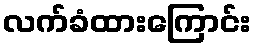
လက်ခံထားကြောင်း